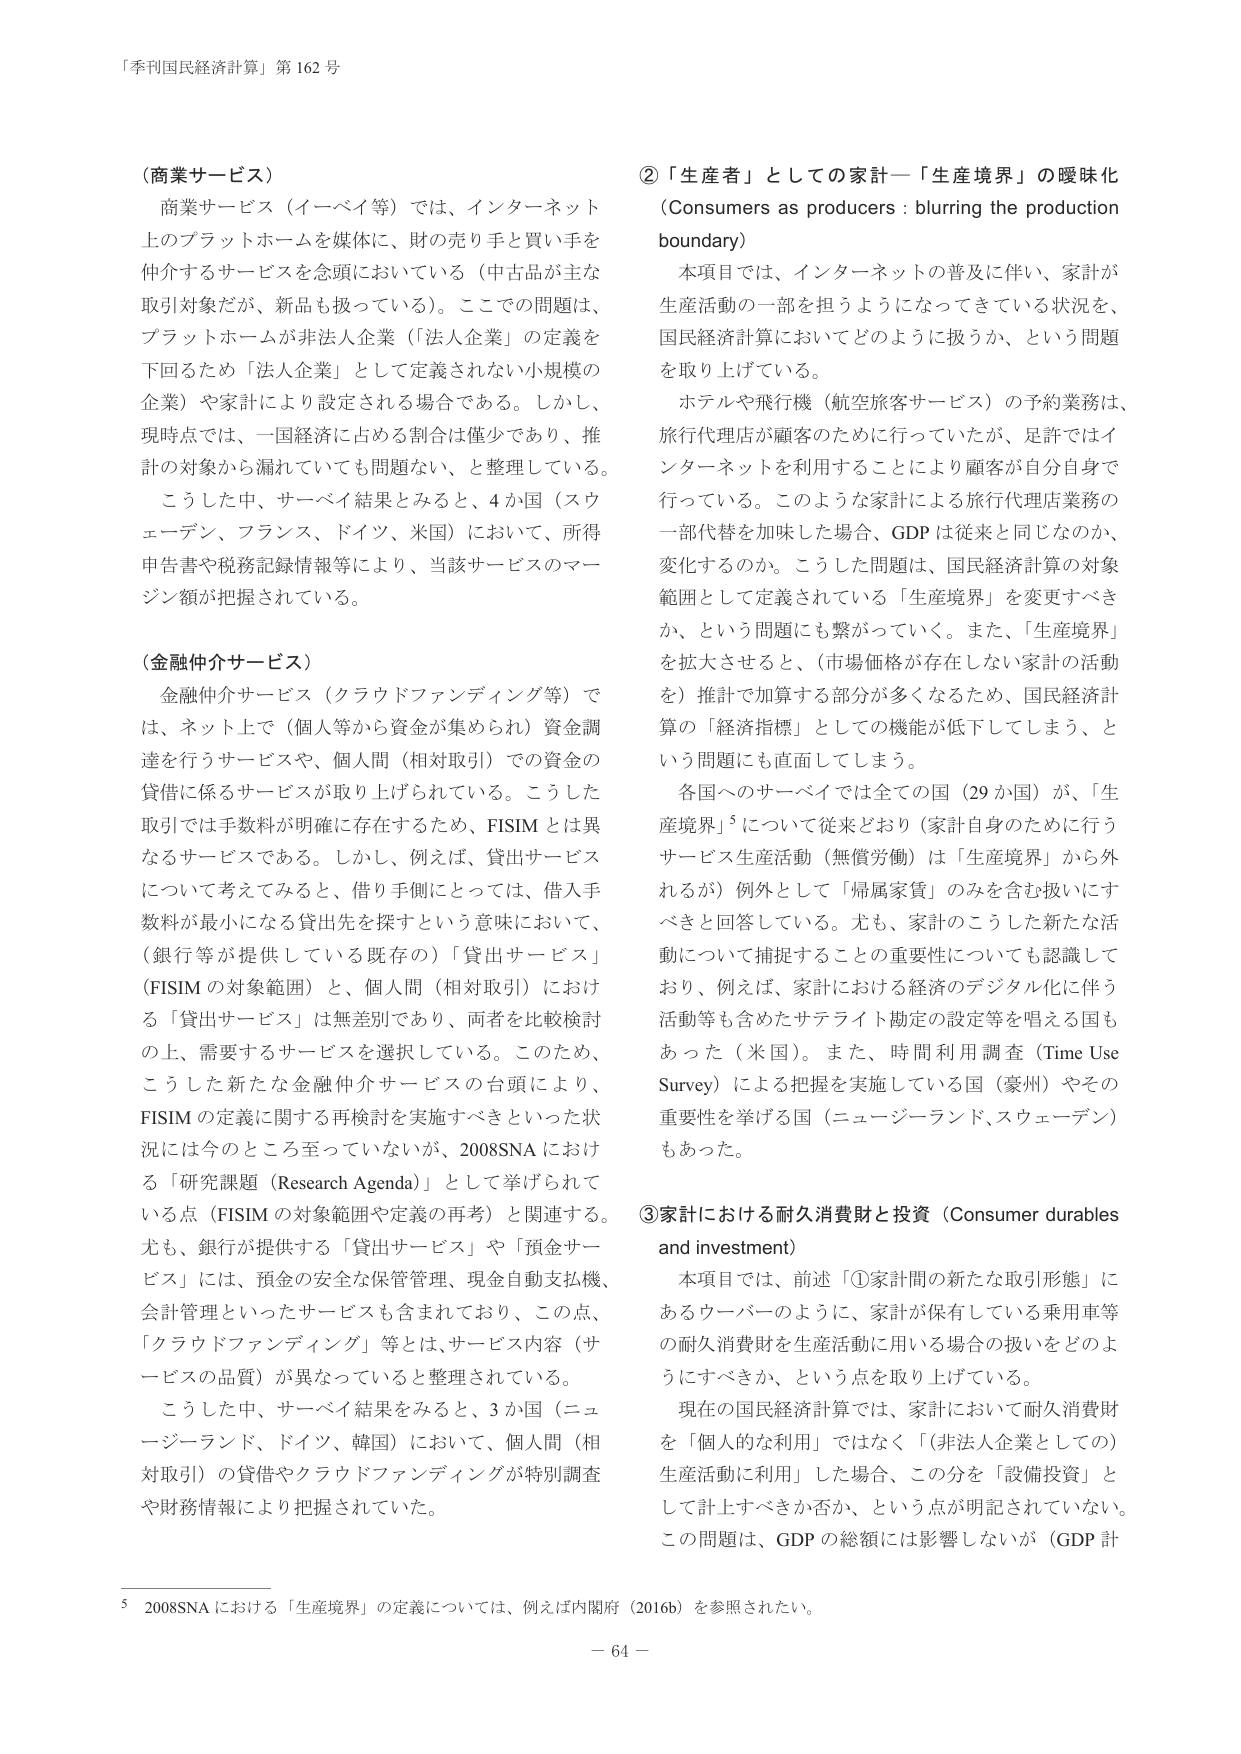
「季刊国民経済計算」第162号

（商業サービス）
商業サービス（イーベイ等）では、インターネット上のプラットホームを媒体に、財の売り手と買い手を仲介するサービスを念頭においている（中古品が主な取引対象だが、新品も扱っている）。ここでの問題は、プラットホームが非法人企業（「法人企業」の定義を下回るため「法人企業」として定義されない小規模の企業）や家計により設定される場合である。しかし、現時点では、一国経済に占める割合は僅少であり、推計の対象から漏れていても問題ない、と整理している。
こうした中、サーベイ結果とみると、4か国（スウェーデン、フランス、ドイツ、米国）において、所得申告書や税務記録情報等により、当該サービスのマージン額が把握されている。

（金融仲介サービス）
金融仲介サービス（クラウドファンディング等）では、ネット上で（個人等から資金が集められ）資金調達を行うサービスや、個人間（相対取引）での資金の貸借に係るサービスが取り上げられている。こうした取引では手数料が明確に存在するため、FISIMとは異なるサービスである。しかし、例えば、貸出サービスについて考えてみると、借り手側にとっては、借入手数料が最小になる貸出先を探すという意味において、（銀行等が提供している既存の）「貸出サービス」（FISIMの対象範囲）と、個人間（相対取引）における「貸出サービス」は無差別であり、両者を比較検討の上、需要するサービスを選択している。このため、こうした新たな金融仲介サービスの台頭により、FISIMの定義に関する再検討を実施すべきといった状況は今のところ至っていないが、2008SNAにおける「研究課題（Research Agenda）」として挙げられている点（FISIMの対象範囲や定義の再考）と関連する。尤も、銀行が提供する「貸出サービス」や「預金サービス」には、預金の安全な保管管理、現金自動支払機、会計管理といったサービスも含まれており、この点、「クラウドファンディング」等とは、サービス内容（サービスの品質）が異なっていると整理されている。
こうした中、サーベイ結果をみると、3か国（ニュージーランド、ドイツ、韓国）において、個人間（相対取引）の貸借やクラウドファンディングが特別調査や財務情報により把握されていた。

②「生産者」としての家計―「生産境界」の曖昧化（Consumers as producers : blurring the production boundary）
本項目では、インターネットの普及に伴い、家計が生産活動の一部を担うようになってきている状況を、国民経済計算においてどのように扱うか、という問題を取り上げている。
ホテルや飛行機（航空旅客サービス）の予約業務は、旅行代理店が顧客のために行っていたが、足許ではインターネットを利用することにより顧客が自分自身で行っている。このような家計による旅行代理店業務の一部代替を加味した場合、GDPは従来と同じなのか、変化するのか。こうした問題は、国民経済計算の対象範囲として定義されている「生産境界」を変更すべきか、という問題にも繋がっていく。また、「生産境界」を拡大させると、（市場価格が存在しない家計の活動を）推計で加算する部分が多くなるため、国民経済計算の「経済指標」としての機能が低下してしまう、という問題にも直面してしまう。
各国へのサーベイでは全ての国（29か国）が、「生産境界」5について従来どおり（家計自身のために行うサービス生産活動（無償労働）は「生産境界」から外れるが）例外として「帰属家賃」のみを含む扱いにすべきと回答している。尤も、家計のこうした新たな活動について捕捉することの重要性についても認識しており、例えば、家計における経済のデジタル化に伴う活動等も含めたサテライト勘定の設定等を唱える国もあった（米国）。また、時間利用調査（Time Use Survey）による把握を実施している国（豪州）やその重要性を挙げる国（ニュージーランド、スウェーデン）もあった。

③家計における耐久消費財と投資（Consumer durables and investment）
本項目では、前述「①家計間の新たな取引形態」にあるウーバーのように、家計が保有している乗用車等の耐久消費財を生産活動に用いる場合の扱いをどのようにすべきか、という点を取り上げている。
現在の国民経済計算では、家計において耐久消費財を「個人的な利用」ではなく「（非法人企業としての）生産活動に利用」した場合、この分を「設備投資」として計上すべきか否か、という点が明記されていない。この問題は、GDPの総額には影響しないが（GDP計

5 2008SNAにおける「生産境界」の定義については、例えば内閣府（2016b）を参照されたい。

－64－